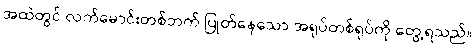
အထဲတွင် လက်မောင်းတစ်ဘက် ပြုတ်နေသော အရုပ်တစ်ရုပ်ကို တွေ့ရသည်။